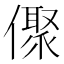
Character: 𠏭